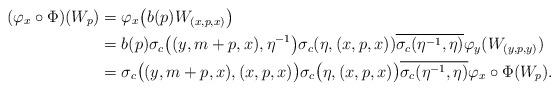
LaTeX: \begin{align*}(\varphi_x\circ \Phi)(W_p)&=\varphi_x \big(b(p)W_{(x,p,x)}\big)\\&=b(p)\sigma_c\big((y,m+p,x),\eta^{-1}\big)\sigma_c(\eta,(x,p,x))\overline{\sigma_c(\eta^{-1},\eta)}\varphi_y(W_{(y,p,y)})\\&=\sigma_c\big((y,m+p,x),(x,p,x)\big)\sigma_c\big(\eta,(x,p,x)\big)\overline{\sigma_c(\eta^{-1},\eta)}\varphi_x\circ \Phi(W_p).\end{align*}